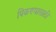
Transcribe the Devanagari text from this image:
पिकण्यासाठी